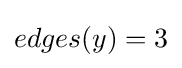
edges(y)=3